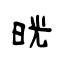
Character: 晄